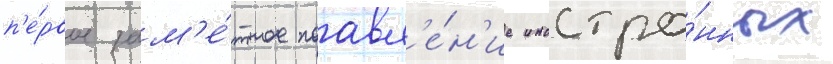
п'е́рвое зам'е́тное поавл'е́н'ие иностра́нных